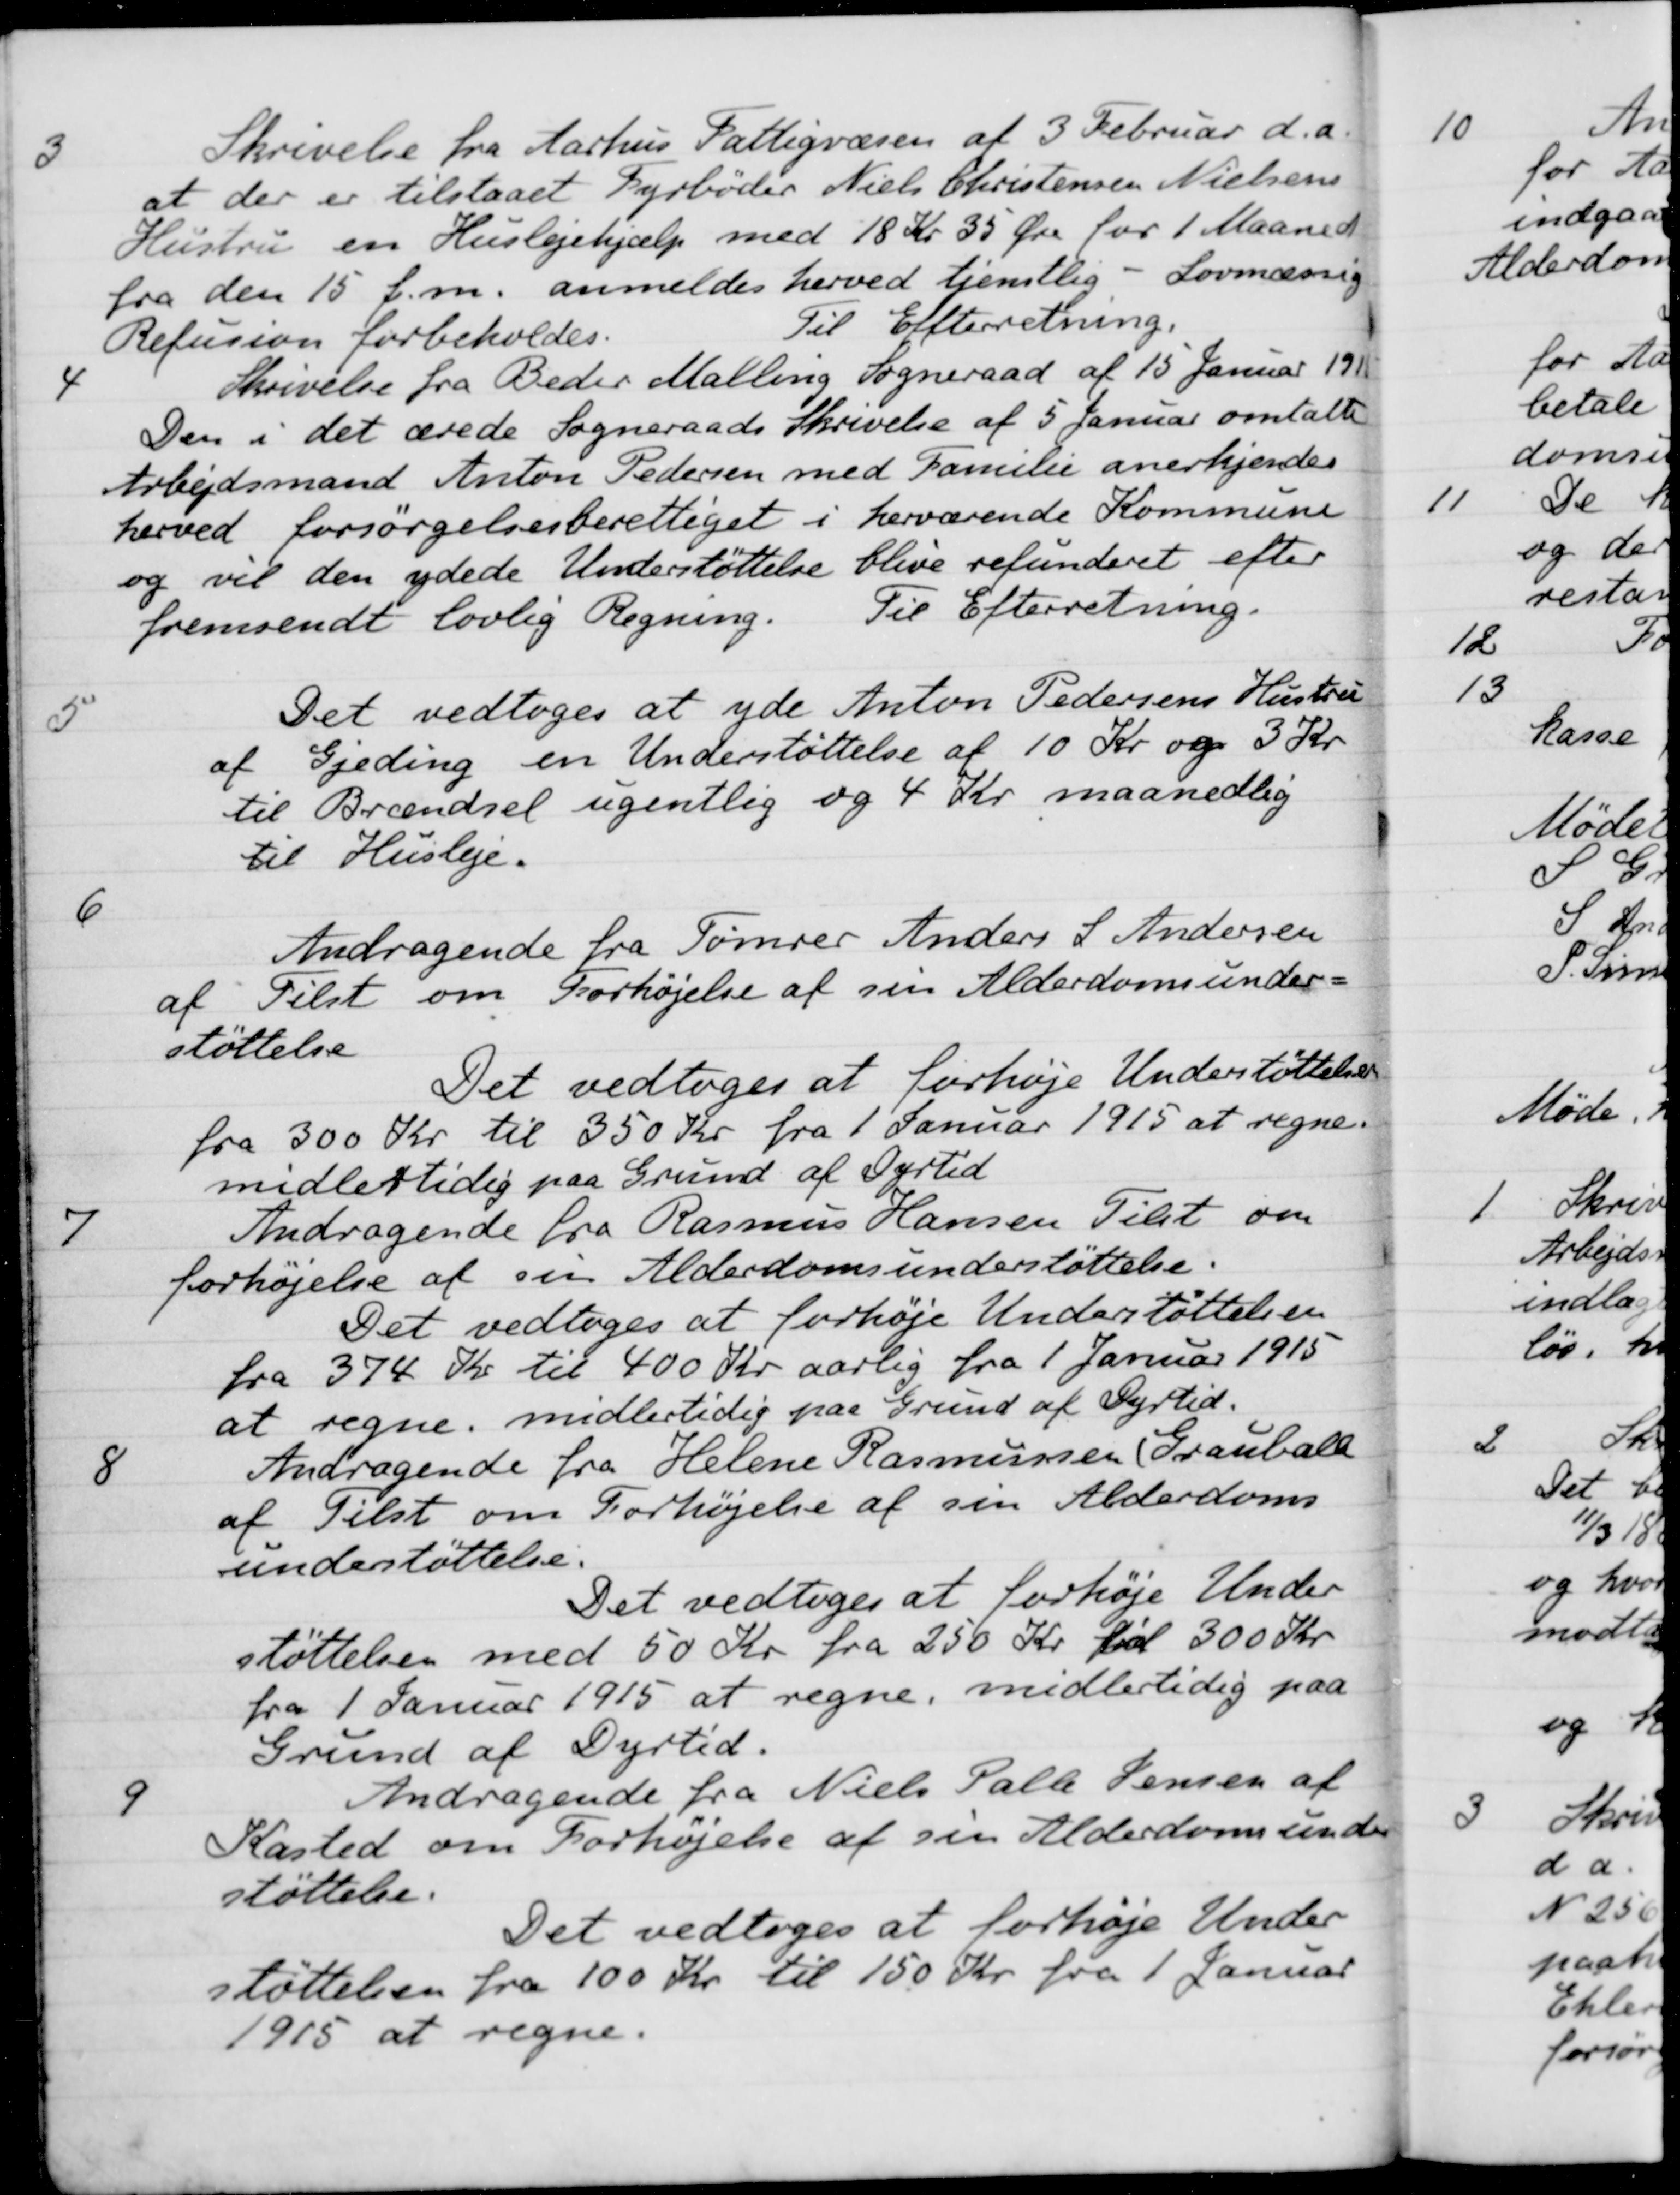
Transskription:
3
Skrivelse fra Aarhus Fattigvæsen af 3 Februar d. A.
at der er tilstaaet Fyrbøder Niels Christensen Nielsens
Hustru en Huslejehjælp med 18 Kr. 35 Øre for 1 Maaned
fra den 15 f. m. anmeldes herved tjenstlig - Lovmæssig
Refusion forbeholdes.
Til Efterretning.
4
Skrivelse fra Beder Malling Sogneraad af 15 Januar 1915
Den i det ærede Sogneraads Skrivelse af 5 Januar omtalte
Arbejdsmand Anton Pedersen med Familie anerkjendes
herved forsørgelsesberettiget i herværende Kommune
og vil den ydede Understøttelse blive refunderet efter
fremsendt lovlig Regning.
Til Efterretning.
5
Det vedtoges at yde Anton Pedersens Hustru
af Gjeding en Understøttelse af 10 Kr og 3 Kr
til Brændsel ugentlig og 4 Kr maanedlig
til Husleje.
6
Andragende fra Tømrer Anders S. Andersen
af Tilst om Forhøjelse af sin Alderdomsunder-
støttelse
Det vedtoges at forhøje Understøttelser
fra 300 Kr til 350 Kr fra 1 Januar 1915 at regne.
midlertidig paa Grund af Dyrtid
7
Andragende fra Rasmus Hansen Tilst om
forhøjelse af sin Alderdomsunderstøttelse.
Det vedtoges at forhøje Understøttelsen
fra 374 Kr til 400 Kr aarlig fra 1 Januar 1915
at regne. midlertidig paa Grund af Dyrtid.
8
Andragende fra Helene Rasmussen Grauballe
af Tilst om Forhøjelse af sin Alderdoms
understøttelse.
Det vedtoges at forhøje Under
støttelsen med 50 Kr. fra 250 Kr. til 300 Kr.
fra 1 Januar 1915 at regne, midlertidig paa
Grund af Dyrtid.
9
Andragende fra Niels Palle Jensen af
Kasted om Forhøjelse af sin Alderdomsunder
støttelse.
Det vedtoges at forhøje Under-
støttelsen fra 100 Kr. til 150 Kr. fra 1 Januar
1915 at regne.